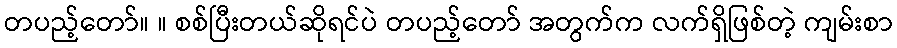
တပည့်တော်။ ။ စစ်ပြီးတယ်ဆိုရင်ပဲ တပည့်တော် အတွက်က လက်ရှိဖြစ်တဲ့ ကျမ်းစာ